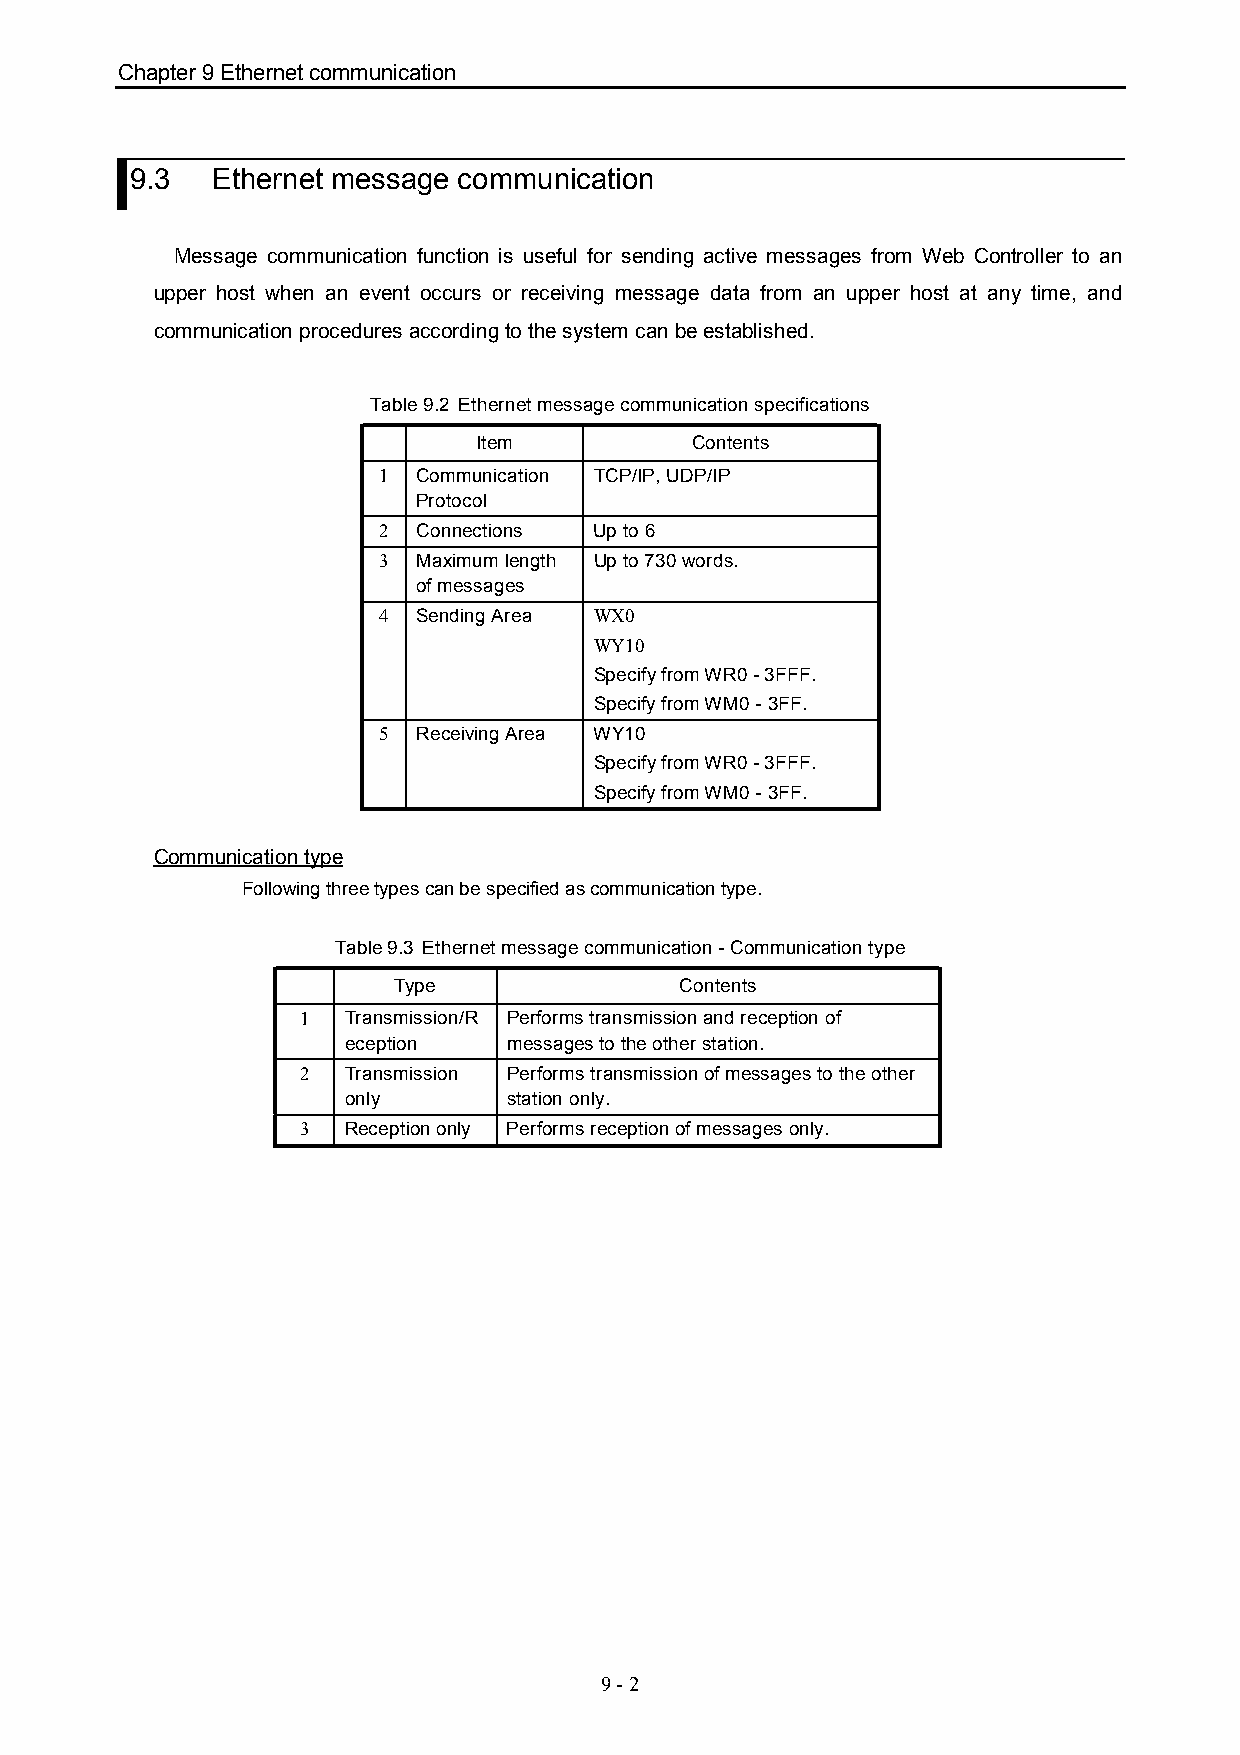
Chapter 9 Ethernet communication
 9.3  Ethernet message communication
 Message communication function is useful for sending active messages from Web Controller to an
 upper host when an event occurs or receiving message data from an upper host at any time, and
 communication procedures according to the system can be established.
 Table 9.2 Ethernet message communication specifications
 Item           Contents
 1  Communication TCP/IP, UDP/IP
 Protocol
 2  Connections Up to 6
 3  Maximum length Up to 730 words.
 of messages
 4  Sending Area WX0
 WY10
 Specify from WR0 - 3FFF.
 Specify from WM0 - 3FF.
 5  Receiving Area WY10
 Specify from WR0 - 3FFF.
 Specify from WM0 - 3FF.
 Communication type
 Following three types can be specified as communication type.
 Table 9.3 Ethernet message communication - Communication type
 Type               Contents
 1  Transmission/R Performs transmission and reception of
 eception   messages to the other station.
 2  Transmission Performs transmission of messages to the other
 only       station only.
 3  Reception only Performs reception of messages only.
 9 - 2